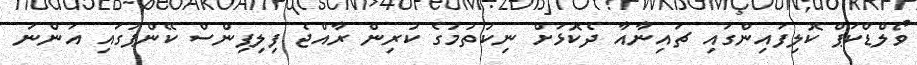
ވޯލްޑްކަޕް ކޮލިފައިންގައި ޗައިނާއާ ދެކޮޅަށް ނިކުތުމުގެ ކުރިން ރާއްޖެ ފިލިޕިންސް ކޭންޕުގައި އަންނަ